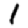
Digit: 1